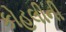
કોહલીની